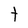
Character: t